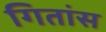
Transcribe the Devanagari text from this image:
गितांस